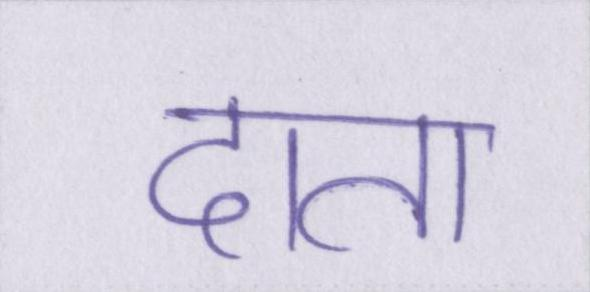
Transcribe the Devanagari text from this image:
दाता